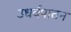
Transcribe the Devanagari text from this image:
उधर्वपातन